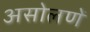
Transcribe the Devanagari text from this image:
असोलणें